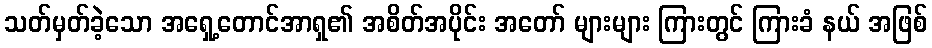
သတ်မှတ်ခဲ့သော အရှေ့တောင်အာရှ၏ အစိတ်အပိုင်း အတော် များများ ကြားတွင် ကြားခံ နယ် အဖြစ်